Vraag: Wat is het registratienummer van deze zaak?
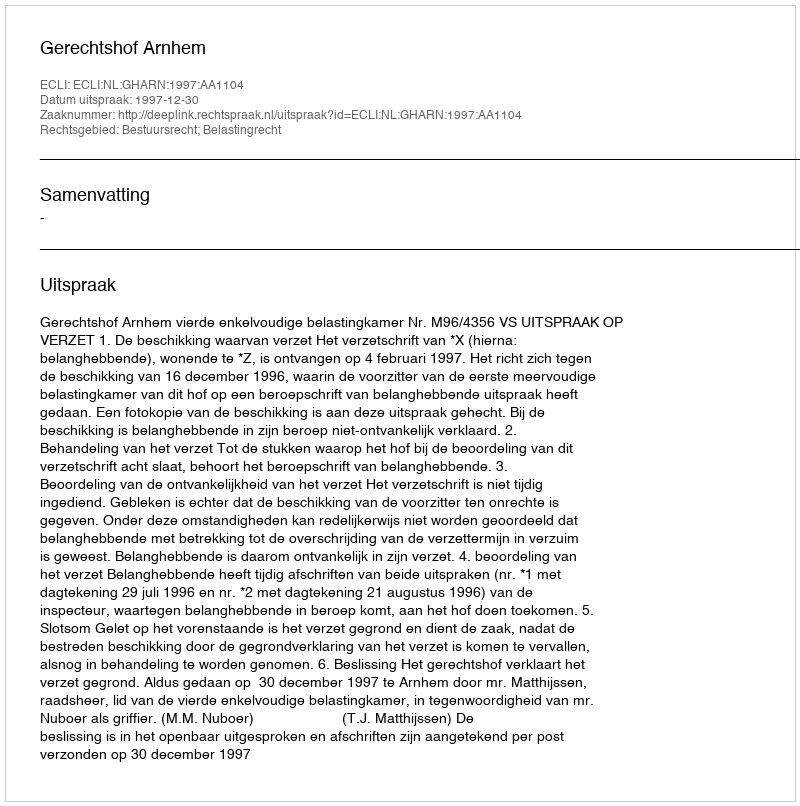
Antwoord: http://deeplink.rechtspraak.nl/uitspraak?id=ECLI:NL:GHARN:1997:AA1104